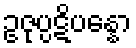
ဥဇုပ္ပဋိပန္နော